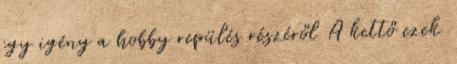
egy igény a hobby repülés részéről A kettő ezek